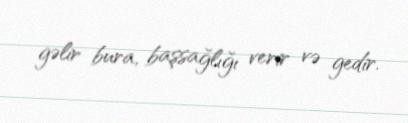
gəlir bura, başsağlığı verir və gedir.